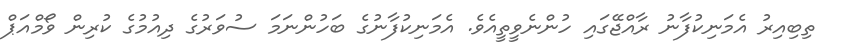
ތިބިއިރު އެމަނިކުފާނު ރާއްޖޭގައި ހުންނެވީތީއެވެ. އެމަނިކުފާނުގެ ބަހުންނަމަ ސުވަރުގެ ދިއުމުގެ ކުރިން ވޯމްއަޕް